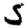
Digit: 5